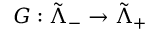
G : \tilde { \Lambda } _ { - } \to \tilde { \Lambda } _ { + }